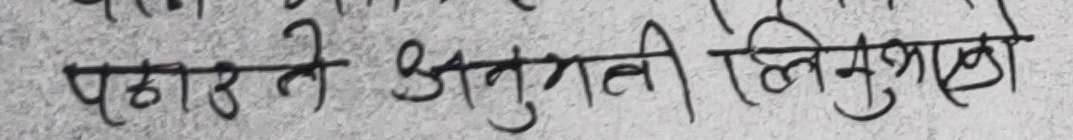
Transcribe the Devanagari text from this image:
पठाउन ले अनुमति लिएको